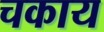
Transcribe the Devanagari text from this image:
चकाय